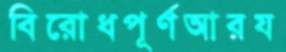
বিরোধপূর্ণআরয